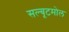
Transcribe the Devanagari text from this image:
सल्बूटमोल